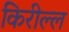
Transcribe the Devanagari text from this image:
किरील्ल